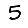
Digit: 5